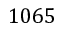
1 0 6 5